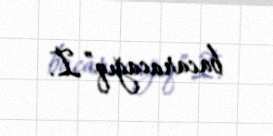
bacaracağıq”.İ.